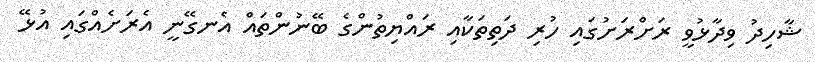
ޝާހިދު ވިދާޅުވީ ރަށްރަށުގައި ހުރި ދަތިތަކާއި ރައްޔިތުންގެ ބޭނުންތައް އެނގޭނީ އެރަށެއްގައި އުޅޭ